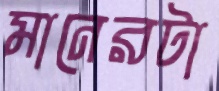
মানেরটা